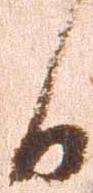
日